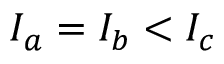
I _ { a } = I _ { b } < I _ { c }